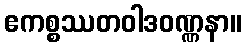
ဧကစ္စဿတဝါဒဝဏ္ဏနာ။